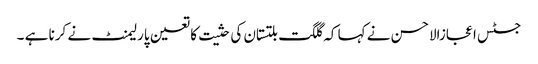
جسٹس اعجازالاحسن نے کہا کہ گلگت بلتستان کی حثیت کا تعین پارلیمنٹ نے کرنا ہے ۔